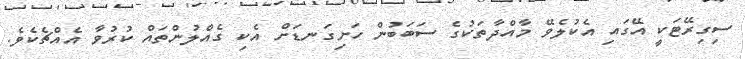
ސިގިރޭޓަކީ އޭގައި އެކުލެވޭ މާއްދާތަކުގެ ސަބަބުން ހަށިގަނޑަށް އެކި ގެއްލުންތައް ކުރުވާ އެއްޗެކެވެ.